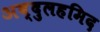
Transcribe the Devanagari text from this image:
अब्दुलहमिद